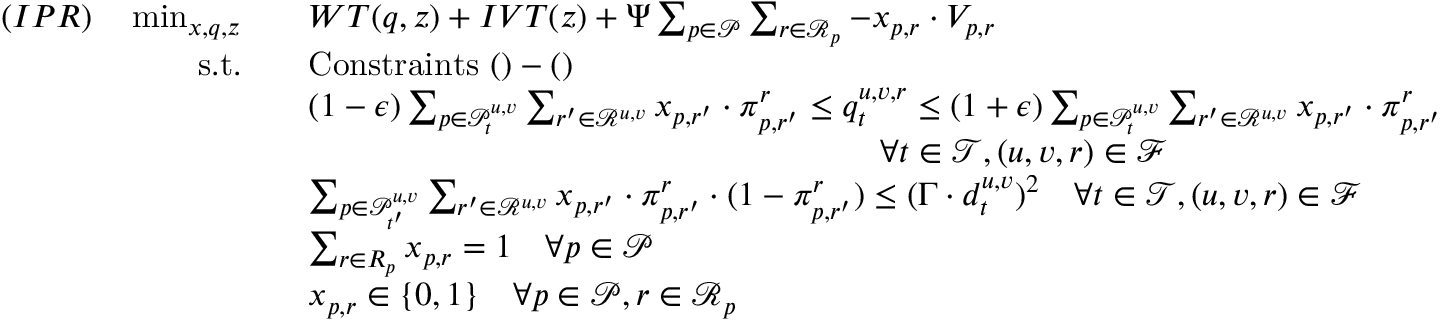
\begin{array} { r l } { ( I P R ) \quad \operatorname* { m i n } _ { \boldsymbol { x } , \boldsymbol { q } , \boldsymbol { z } } \quad } & { W T ( \boldsymbol { q } , \boldsymbol { z } ) + I V T ( \boldsymbol { z } ) + \Psi \sum _ { p \in \mathcal { P } } \sum _ { r \in \mathcal { R } _ { p } } - x _ { p , r } \cdot V _ { p , r } } \\ { \mathrm { s . t . } \quad } & { \mathrm { C o n s t r a i n t s ~ } ( ) - ( ) } \\ & { ( 1 - \epsilon ) \sum _ { p \in \mathcal { P } _ { t } ^ { u , v } } \sum _ { r ^ { \prime } \in \mathcal { R } ^ { u , v } } x _ { p , r ^ { \prime } } \cdot \pi _ { p , r ^ { \prime } } ^ { r } \leq q _ { t } ^ { u , v , r } \leq ( 1 + \epsilon ) \sum _ { p \in \mathcal { P } _ { t } ^ { u , v } } \sum _ { r ^ { \prime } \in \mathcal { R } ^ { u , v } } x _ { p , r ^ { \prime } } \cdot \pi _ { p , r ^ { \prime } } ^ { r } } \\ & { \qquad \qquad \qquad \qquad \qquad \qquad \qquad \qquad \quad \forall t \in \mathcal { T } , ( u , v , r ) \in \mathcal { F } } \\ & { \sum _ { p \in \mathcal { P } _ { t ^ { \prime } } ^ { u , v } } \sum _ { r ^ { \prime } \in \mathcal { R } ^ { u , v } } x _ { p , r ^ { \prime } } \cdot \pi _ { p , r ^ { \prime } } ^ { r } \cdot ( 1 - \pi _ { p , r ^ { \prime } } ^ { r } ) \leq ( \Gamma \cdot { d } _ { t } ^ { u , v } ) ^ { 2 } \quad \forall t \in \mathcal { T } , ( u , v , r ) \in \mathcal { F } } \\ & { \sum _ { r \in R _ { p } } x _ { p , r } = 1 \quad \forall p \in \mathcal { P } } \\ & { x _ { p , r } \in \{ 0 , 1 \} \quad \forall p \in \mathcal { P } , r \in \mathcal { R } _ { p } } \end{array}